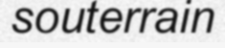
souterrain